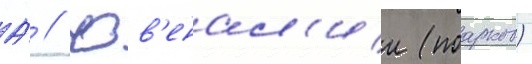
А́ // Юв'енал'ии (поарков)